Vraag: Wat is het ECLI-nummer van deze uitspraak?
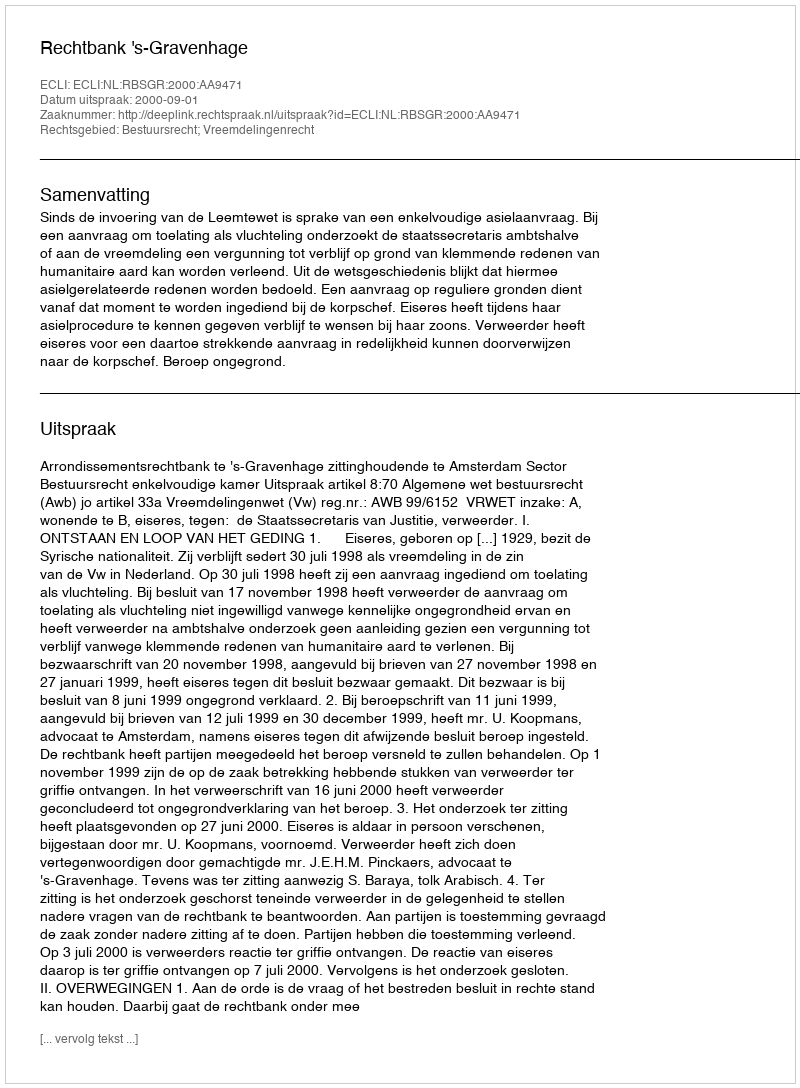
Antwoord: ECLI:NL:RBSGR:2000:AA9471